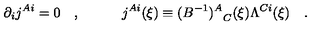
\partial _ { i } j ^ { A i } = 0 \quad , \quad \quad \quad j ^ { A i } ( \xi ) \equiv { ( B ^ { - 1 } ) ^ { A } } _ { C } ( \xi ) \Lambda ^ { C i } ( \xi ) \quad .